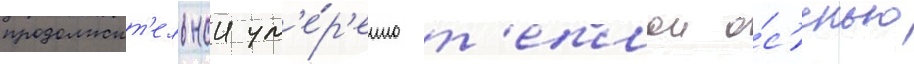
продолжит'ельнои ум'е́р'енно т'еплои о́с'енью